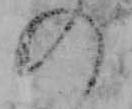
の